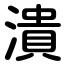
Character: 潰